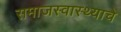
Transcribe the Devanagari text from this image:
समाजस्वास्थ्याचे